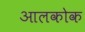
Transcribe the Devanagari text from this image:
आलकोक